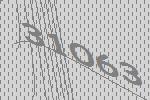
31063